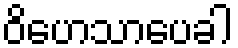
ဝိဟေသာပေခါ